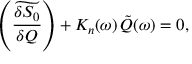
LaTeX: \left( \widetilde { \frac { \delta S _ { 0 } } { \delta Q } } \right) + K _ { n } ( \omega ) \, \tilde { Q } ( \omega ) = 0 ,